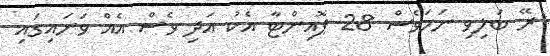
ރޭ ބަލިވި ނަމަވެސް 28 ޕޮއިންޓާ އެކު އަދި ވެސް އެއް ވަނައިގައި